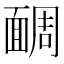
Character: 𩈮